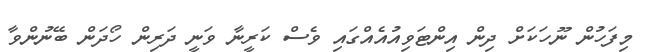
މިފަހުން ނޫހަކަށް ދިން އިންޓަވިއުއެއްގައި ވެސް ކަރީނާ ވަނީ ދަރިން ހޯދަން ބޭނުންވާ